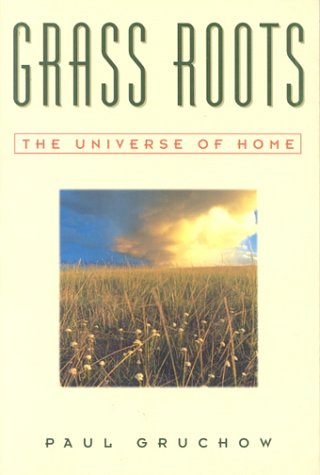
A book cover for Grass Roots: The Universe of Home (The World As Home); Paul Gruchow; Biographies & Memoirs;